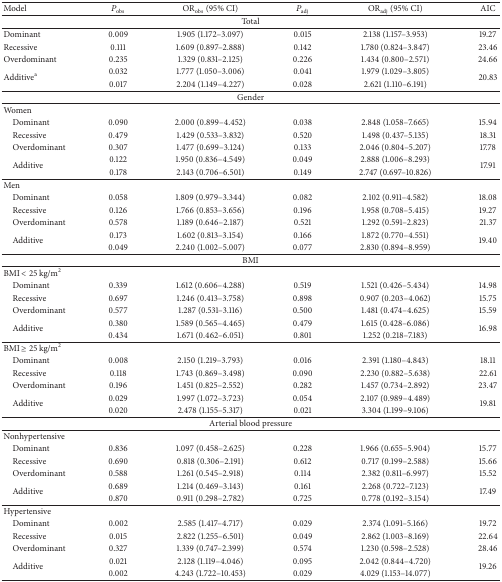
<table><thead><tr><td><b>Model</b></td><td><b><i>P</i><sub>obs</sub></b></td><td><b>OR<sub>obs</sub> (95% CI)</b></td><td><b><i>P</i><sub>adj</sub></b></td><td><b>OR<sub>adj</sub> (95% CI)</b></td><td><b>AIC</b></td></tr></thead><tbody><tr><td colspan="6">Total</td></tr><tr><td>Dominant</td><td>0.009</td><td>1.905 (1.172–3.097)</td><td>0.015</td><td>2.138 (1.157–3.953)</td><td>19.27</td></tr><tr><td>Recessive</td><td>0.111</td><td>1.609 (0.897–2.888)</td><td>0.142</td><td>1.780 (0.824–3.847)</td><td>23.46</td></tr><tr><td>Overdominant</td><td>0.235</td><td>1.329 (0.831–2.125)</td><td>0.226</td><td>1.434 (0.800–2.571)</td><td>24.66</td></tr><tr><td rowspan="2">Additive<sup>a</sup></td><td>0.032</td><td>1.777 (1.050–3.006)</td><td>0.041</td><td>1.979 (1.029–3.805)</td><td rowspan="2">20.83</td></tr><tr><td>0.017</td><td>2.204 (1.149–4.227)</td><td>0.028</td><td>2.621 (1.110–6.191)</td></tr><tr><td colspan="6">Gender</td></tr><tr><td>Women</td><td>[EMPTY_CELL]</td><td>[EMPTY_CELL]</td><td>[EMPTY_CELL]</td><td>[EMPTY_CELL]</td><td>[EMPTY_CELL]</td></tr><tr><td> Dominant</td><td>0.090</td><td>2.000 (0.899–4.452)</td><td>0.038</td><td>2.848 (1.058–7.665)</td><td>15.94</td></tr><tr><td> Recessive</td><td>0.479</td><td>1.429 (0.533–3.832)</td><td>0.520</td><td>1.498 (0.437–5.135)</td><td>18.31</td></tr><tr><td> Overdominant</td><td>0.307</td><td>1.477 (0.699–3.124)</td><td>0.133</td><td>2.046 (0.804–5.207)</td><td>17.78</td></tr><tr><td rowspan="2"> Additive</td><td>0.122</td><td>1.950 (0.836–4.549)</td><td>0.049</td><td>2.888 (1.006–8.293)</td><td rowspan="2">17.91</td></tr><tr><td>0.178</td><td>2.143 (0.706–6.501)</td><td>0.149</td><td>2.747 (0.697–10.826)</td></tr><tr><td>Men</td><td>[EMPTY_CELL]</td><td>[EMPTY_CELL]</td><td>[EMPTY_CELL]</td><td>[EMPTY_CELL]</td><td>[EMPTY_CELL]</td></tr><tr><td> Dominant</td><td>0.058</td><td>1.809 (0.979–3.344)</td><td>0.082</td><td>2.102 (0.911–4.582)</td><td>18.08</td></tr><tr><td> Recessive</td><td>0.126</td><td>1.766 (0.853–3.656)</td><td>0.196</td><td>1.958 (0.708–5.415)</td><td>19.27</td></tr><tr><td> Overdominant</td><td>0.578</td><td>1.189 (0.646–2.187)</td><td>0.521</td><td>1.292 (0.591–2.823)</td><td>21.37</td></tr><tr><td rowspan="2"> Additive</td><td>0.173</td><td>1.602 (0.813–3.154)</td><td>0.166</td><td>1.872 (0.770–4.551)</td><td rowspan="2">19.40</td></tr><tr><td>0.049</td><td>2.240 (1.002–5.007)</td><td>0.077</td><td>2.830 (0.894–8.959)</td></tr><tr><td colspan="6">BMI</td></tr><tr><td>BMI &lt; 25 kg/m<sup>2</sup></td><td>[EMPTY_CELL]</td><td>[EMPTY_CELL]</td><td>[EMPTY_CELL]</td><td>[EMPTY_CELL]</td><td>[EMPTY_CELL]</td></tr><tr><td> Dominant</td><td>0.339</td><td>1.612 (0.606–4.288)</td><td>0.519</td><td>1.521 (0.426–5.434)</td><td>14.98</td></tr><tr><td> Recessive</td><td>0.697</td><td>1.246 (0.413–3.758)</td><td>0.898</td><td>0.907 (0.203–4.062)</td><td>15.75</td></tr><tr><td> Overdominant</td><td>0.577</td><td>1.287 (0.531–3.116)</td><td>0.500</td><td>1.481 (0.474–4.625)</td><td>15.59</td></tr><tr><td rowspan="2"> Additive</td><td>0.380</td><td>1.589 (0.565–4.465)</td><td>0.479</td><td>1.615 (0.428–6.086)</td><td rowspan="2">16.98</td></tr><tr><td>0.434</td><td>1.671 (0.462–6.051)</td><td>0.801</td><td>1.252 (0.218–7.183)</td></tr><tr><td>BMI ≥ 25 kg/m<sup>2</sup></td><td>[EMPTY_CELL]</td><td>[EMPTY_CELL]</td><td>[EMPTY_CELL]</td><td>[EMPTY_CELL]</td><td>[EMPTY_CELL]</td></tr><tr><td> Dominant</td><td>0.008</td><td>2.150 (1.219–3.793)</td><td>0.016</td><td>2.391 (1.180–4.843)</td><td>18.11</td></tr><tr><td> Recessive</td><td>0.118</td><td>1.743 (0.869–3.498)</td><td>0.090</td><td>2.230 (0.882–5.638)</td><td>22.61</td></tr><tr><td> Overdominant</td><td>0.196</td><td>1.451 (0.825–2.552)</td><td>0.282</td><td>1.457 (0.734–2.892)</td><td>23.47</td></tr><tr><td rowspan="2"> Additive</td><td>0.029</td><td>1.997 (1.072–3.723)</td><td>0.054</td><td>2.107 (0.989–4.489)</td><td rowspan="2">19.81</td></tr><tr><td>0.020</td><td>2.478 (1.155–5.317)</td><td>0.021</td><td>3.304 (1.199–9.106)</td></tr><tr><td colspan="6">Arterial blood pressure</td></tr><tr><td>Nonhypertensive</td><td>[EMPTY_CELL]</td><td>[EMPTY_CELL]</td><td>[EMPTY_CELL]</td><td>[EMPTY_CELL]</td><td>[EMPTY_CELL]</td></tr><tr><td> Dominant</td><td>0.836</td><td>1.097 (0.458–2.625)</td><td>0.228</td><td>1.966 (0.655–5.904)</td><td>15.77</td></tr><tr><td> Recessive</td><td>0.690</td><td>0.818 (0.306–2.191)</td><td>0.612</td><td>0.717 (0.199–2.588)</td><td>15.66</td></tr><tr><td> Overdominant</td><td>0.588</td><td>1.261 (0.545–2.918)</td><td>0.114</td><td>2.382 (0.811–6.997)</td><td>15.52</td></tr><tr><td rowspan="2"> Additive</td><td>0.689</td><td>1.214 (0.469–3.143)</td><td>0.161</td><td>2.268 (0.722–7.123)</td><td rowspan="2">17.49</td></tr><tr><td>0.870</td><td>0.911 (0.298–2.782)</td><td>0.725</td><td>0.778 (0.192–3.154)</td></tr><tr><td>Hypertensive</td><td>[EMPTY_CELL]</td><td>[EMPTY_CELL]</td><td>[EMPTY_CELL]</td><td>[EMPTY_CELL]</td><td>[EMPTY_CELL]</td></tr><tr><td> Dominant</td><td>0.002</td><td>2.585 (1.417–4.717)</td><td>0.029</td><td>2.374 (1.091–5.166)</td><td>19.72</td></tr><tr><td> Recessive</td><td>0.015</td><td>2.822 (1.255–6.501)</td><td>0.049</td><td>2.862 (1.003–8.169)</td><td>22.64</td></tr><tr><td> Overdominant</td><td>0.327</td><td>1.339 (0.747–2.399)</td><td>0.574</td><td>1.230 (0.598–2.528)</td><td>28.46</td></tr><tr><td rowspan="2"> Additive</td><td>0.021</td><td>2.128 (1.119–4.046)</td><td>0.095</td><td>2.042 (0.844–4.720)</td><td rowspan="2">19.26</td></tr><tr><td>0.002</td><td>4.243 (1.722–10.453)</td><td>0.029</td><td>4.029 (1.153–14.077)</td></tr></tbody></table>